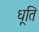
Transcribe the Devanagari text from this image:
धूति